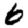
Digit: 6